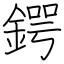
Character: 鍔